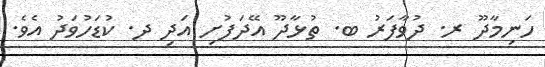
ހަނިމާދޫ ރ. ދުވާފަރު ބ. ތުޅާދޫ އޭދަފުށި އަދި ދ. ކުޑަހުވަދު އެވެ.